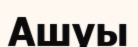
Ашуы